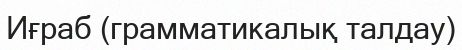
Иғраб (грамматикалық талдау)